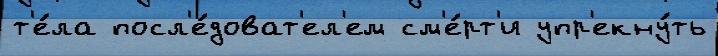
т'е́ла посл'е́доват'ел'ем см'е́рт'и упр'екну́ть